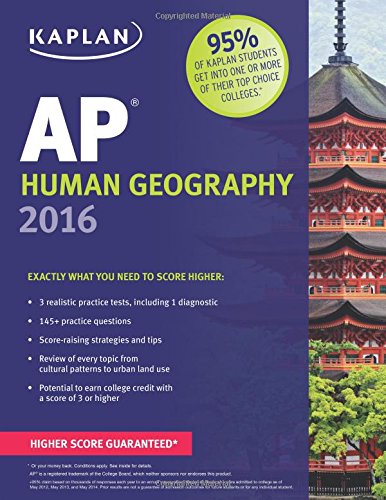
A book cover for Kaplan AP Human Geography 2016 (Kaplan Test Prep); Kelly Swanson; Test Preparation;